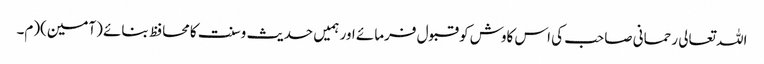
اللہ تعالی رحمانی صاحب کی اس کاوش کو قبول فرمائے اور ہمیں حدیث وسنت کامحافظ بنائے (آمین)(م۔